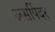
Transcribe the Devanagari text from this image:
जसपिंदर